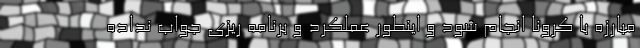
مبارزه با کرونا انجام شود و اینطور عملکرد و برنامه ریزی جواب نداده